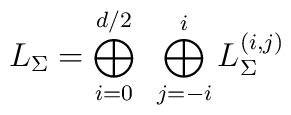
L_\Sigma=\bigoplus_{i=0}^{d/2}~\bigoplus_{j=-i}^iL^{(i,j)}_\Sigma